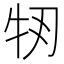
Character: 𤘞